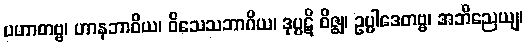
ပဟာတဗ္ဗ၊ ဟာနဘာဝိယ၊ ဝိသေသဘာဂိယ၊ ဒုပ္ပဋိ ဝိဇ္ဈ၊ ဥပ္ပါဒေတဗ္ဗ၊ အဘိညေယျ၊